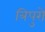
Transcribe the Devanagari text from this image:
त्रिपुरों